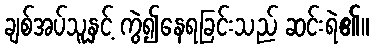
ချစ်အပ်သူနှင့် ကွဲ၍နေရခြင်းသည် ဆင်းရဲ၏။